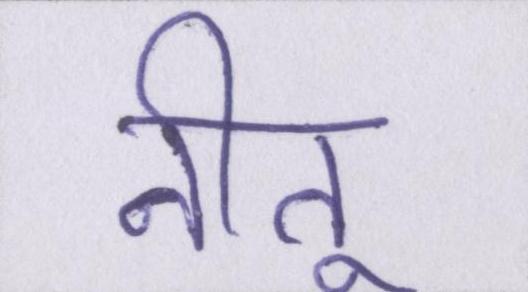
नीतू